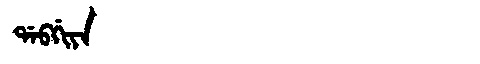
Manchu: ᡩᠠᠪᡤᡳᠶᠠ
Romanization: DABGIYA